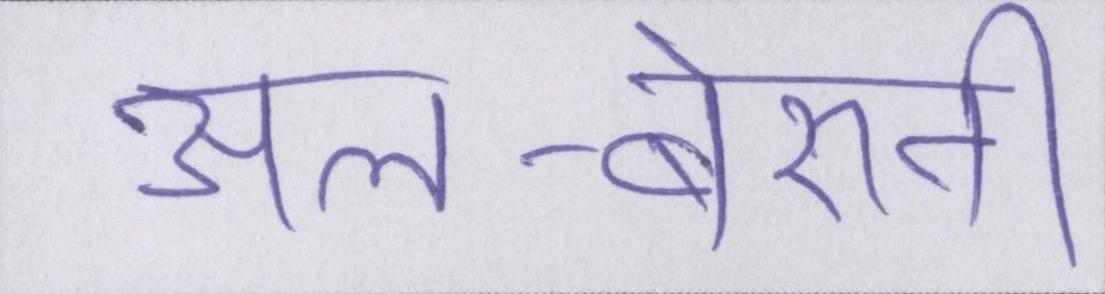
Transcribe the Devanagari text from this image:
अल-बेरुनी